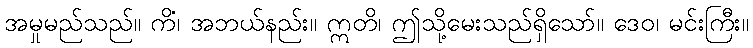
အမှုမည်သည်။ ကိံ၊ အဘယ်နည်း။ ဣတိ၊ ဤသို့မေးသည်ရှိသော်။ ဒေဝ၊ မင်းကြီး။